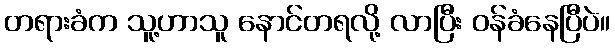
တရားခံက သူ့ဟာသူ နောင်တရလို့ လာပြီး ဝန်ခံနေပြီပဲ။